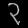
Digit: ၃